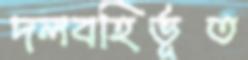
দলবহির্ভূত